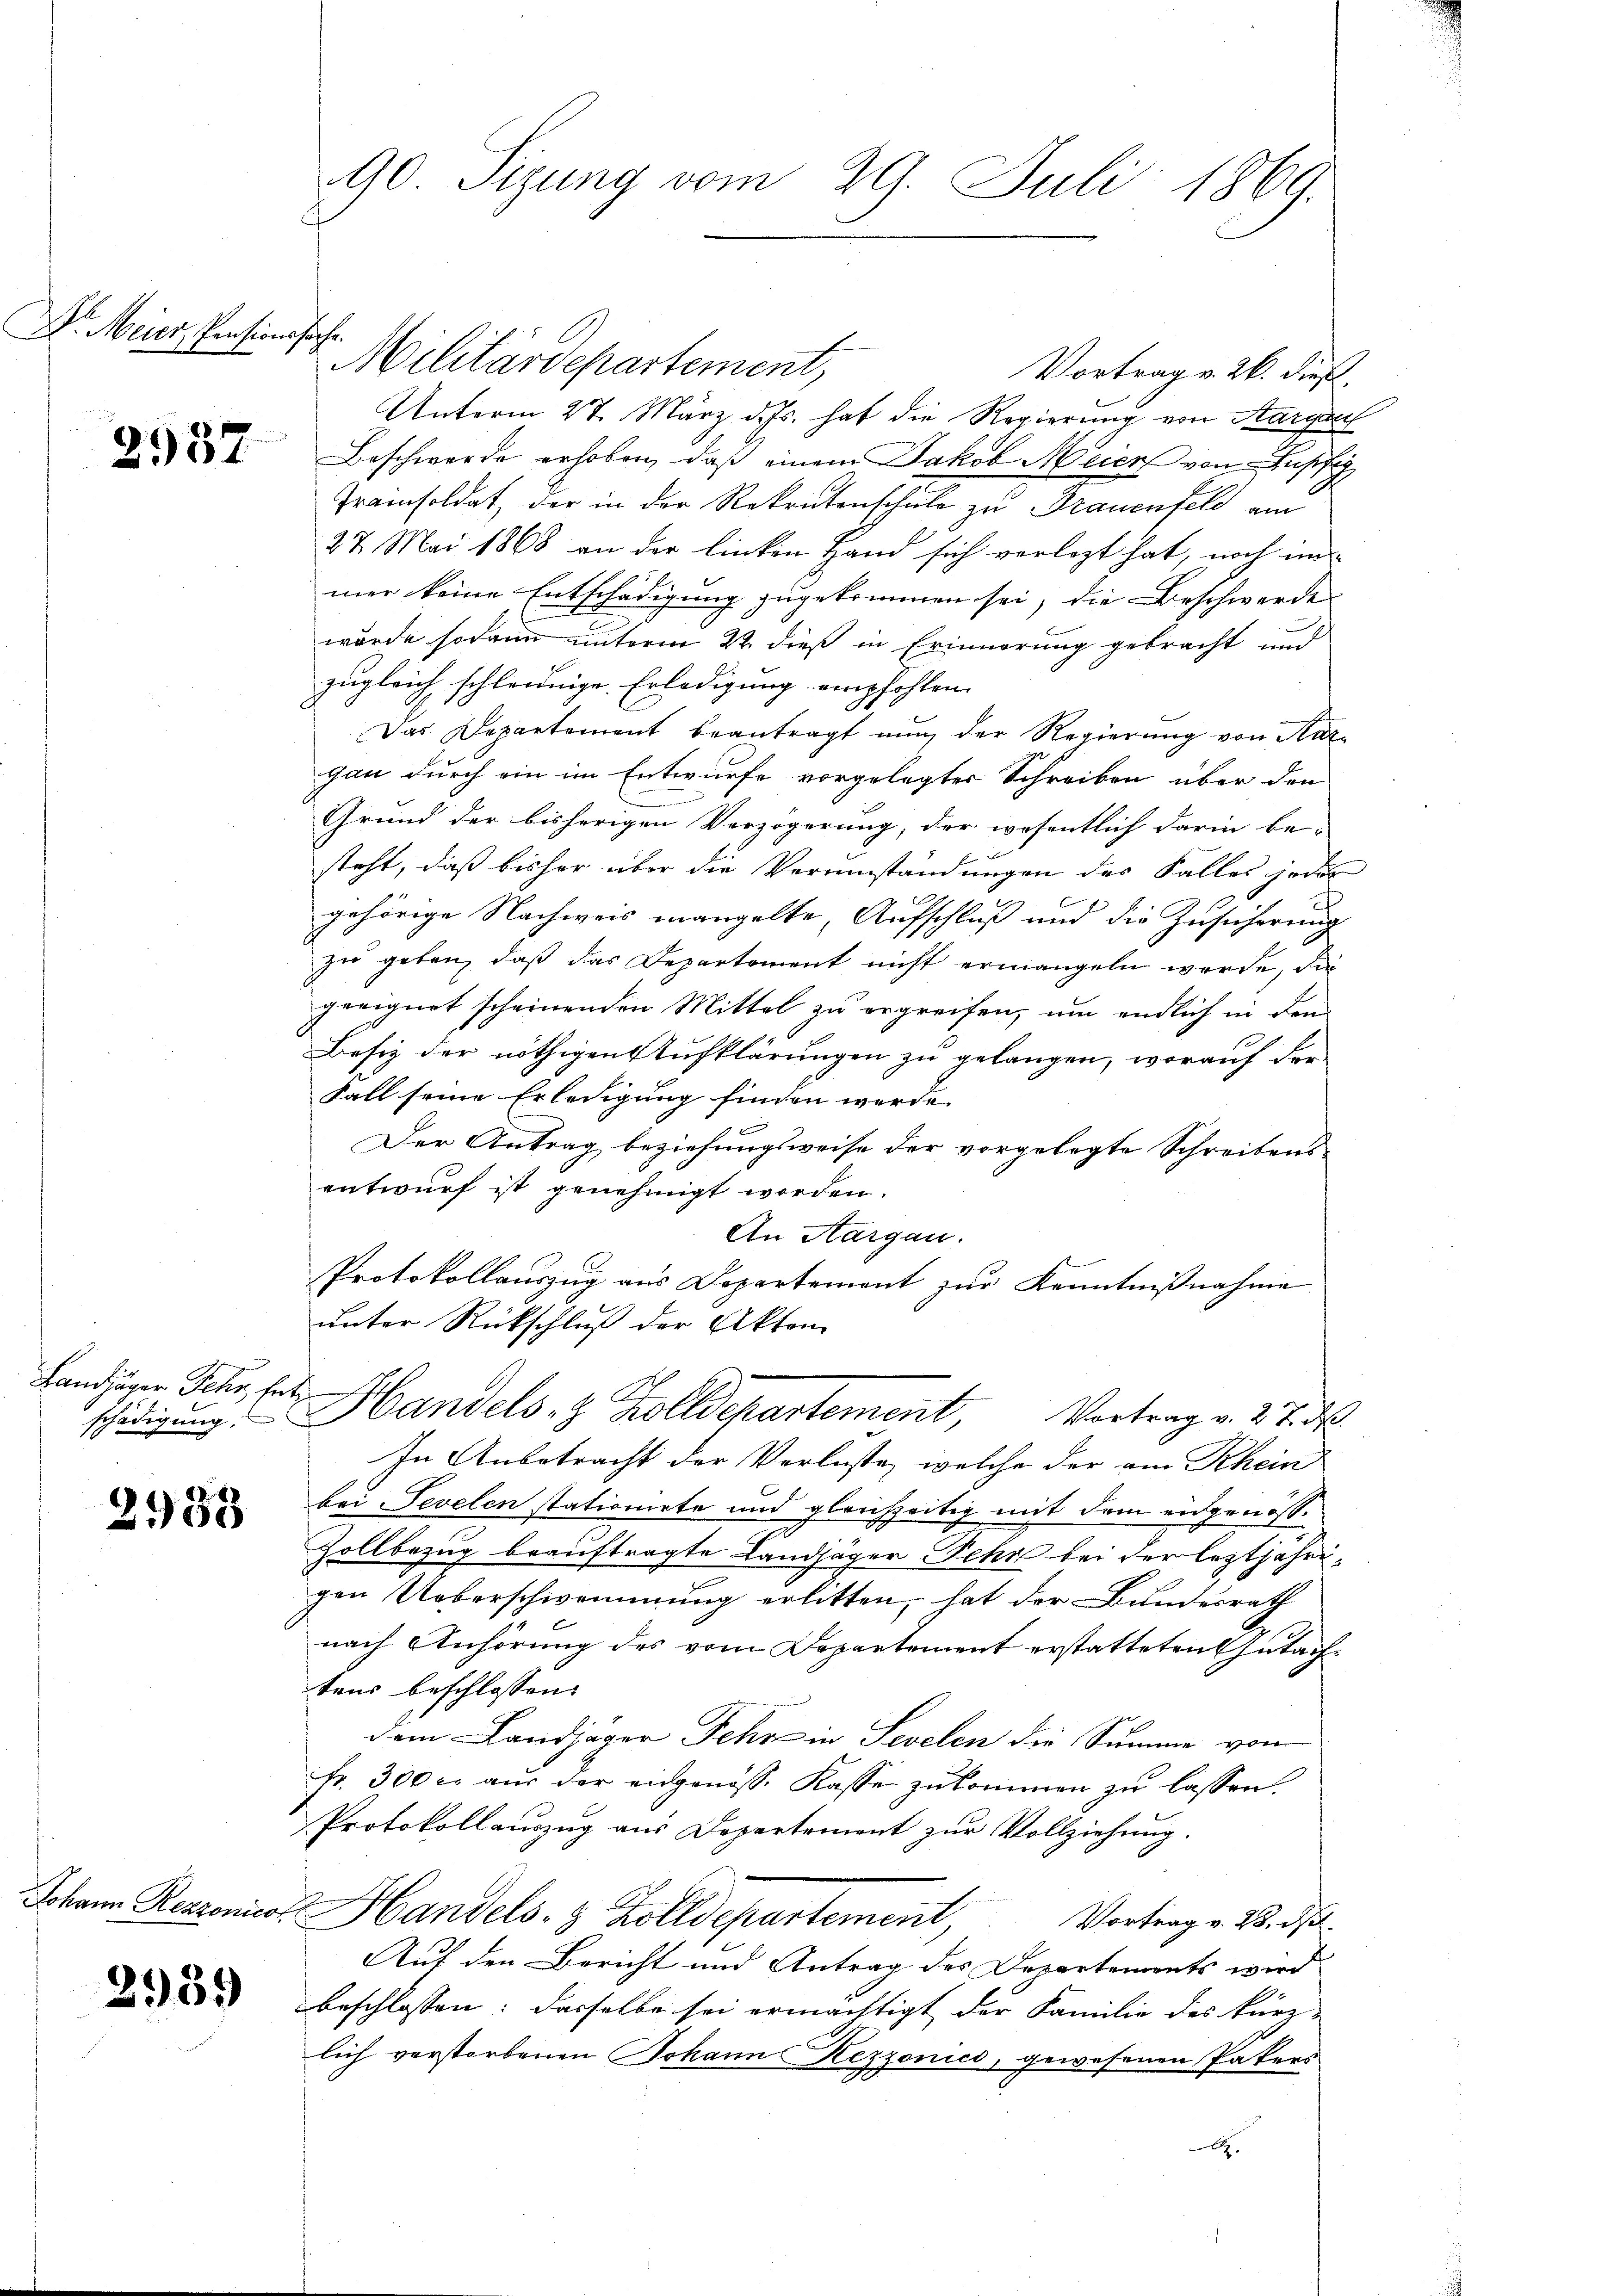
D. Meier, Pensionssache.

2937

Landjäger Fehr, Entz

2988

2959

Militärdepartement,
Vortrag v. 26. dieß.
Unterm 27. März d. Js. hat die Regierung von Aargart
Beschwerde erhoben, daß einem Jakob Meier von Ausfe
Trainsoldat, der in der Rekrutenschule zu Frauenfeld am
27 Mai 1868 an der linken Hand sich verlegt hat, noch im
mer keine Entschädigung zugekommen sei; die Beschwerde
wurde sodann unterm 22. dieß in Erinnerung gebracht und
zugleich schleidige Erledigung empfohlen.
Das Departement beantragt nŭn der Regierŭng von Kar-
gau durch ein im Entwurfe vorgelegter Schreiben über den
Grund der bisherigen Verzögerung, der wesentlich darin be-
steht, daß bisher über die Verumständungen der Falles jedes
gehörige Nachweis mangelte, Aufschluß und die Zusicherung
zu geben, daß das Departement nicht ermangeln werde, die
geeignet scheinenden Mittel zu ergreifen, um endlich in dem
Besiz der nöthigen Aufklärungen zu gelangen, worauf der
Fall seine Erledigung finden werde.
Der Antrag beziehungsweise der vorgelegte Schreibensentwurf ist genehmigt worden.
An Aargau.
Protokollauszug aus Departement zur Kenntnißnahme
unter Rückschluß der Akten
.
schädigung. Handels- & Zolldepartement, Vortrag v. 27. d.
In Anbetracht der Verluste, welche der am Rhein
bei Sevelen stationirte und gleichzeitig mit dem eidgenösse
Zollbezug beauftragte Landjäger Sehr bei der leztjährigen Ueberschwemmung erlitten, hat der Bundesrath
nach Anhörung des vom Departement erstatteten Gutachtens beschlossen:
dem Landjäger Fehr in Sevelen die Summe von
fr. 300 r. aŭs der eidgenöss. Kasse zŭkommen zŭ lassen.
Protokollauszug aus Departement zur Vollziehung.
Johann Remonio Handels. 3 Zolldepartement,
Vortrag v. 28. d
Auf den Bericht und Antrag des Departements wird.
beschlossen: dasselbe sei ermächtigt der Familie des kürz-
lich verstorbenen Johann Rezzonico, gewesenen Pakers
x

90. Sizung vom 29. Juli 1869.